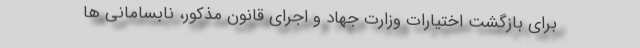
برای بازگشت اختیارات وزارت جهاد و اجرای قانون مذکور، نابسامانی ها